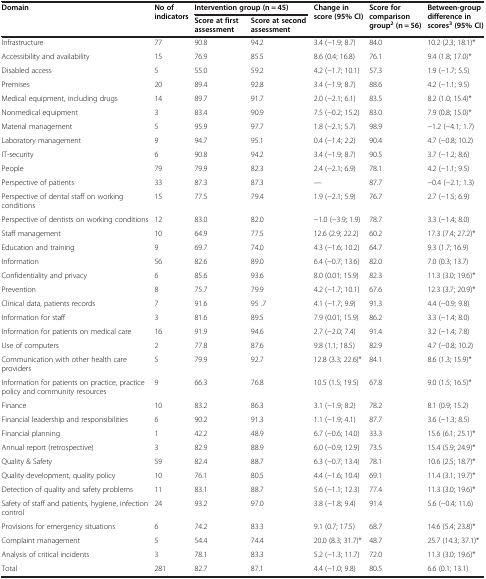
<table><thead><tr><td rowspan="2"><b>Domain</b></td><td rowspan="2"><b>No of indicators</b></td><td colspan="2"><b>Intervention group (n = 45)</b></td><td rowspan="2"><b>Change in score (95% CI)</b></td><td rowspan="2"><b>Score for comparison group<sup>2 </sup>(n = 56)</b></td><td rowspan="2"><b>Between-group difference in scores<sup>3 </sup>(95% CI)</b></td></tr><tr><td><b>Score at first assessment</b></td><td><b>Score at second assessment</b></td></tr></thead><tbody><tr><td>Infrastructure</td><td>77</td><td>90.8</td><td>94.2</td><td>3.4 (−1.9; 8.7)</td><td>84.0</td><td>10.2 (2.3; 18.1)*</td></tr><tr><td>Accessibility and availability</td><td>15</td><td>76.9</td><td>85.5</td><td>8.6 (0.4; 16.8)</td><td>76.1</td><td>9.4 (1.8; 17.0)*</td></tr><tr><td>Disabled access</td><td>5</td><td>55.0</td><td>59.2</td><td>4.2 (−1.7; 10.1)</td><td>57.3</td><td>1.9 (−1.7; 5.5)</td></tr><tr><td>Premises</td><td>20</td><td>89.4</td><td>92.8</td><td>3.4 (−1.9; 8.7)</td><td>88.6</td><td>4.2 (−1.1; 9.5)</td></tr><tr><td>Medical equipment, including drugs</td><td>14</td><td>89.7</td><td>91.7</td><td>2.0 (−2.1; 6.1)</td><td>83.5</td><td>8.2 (1.0; 15.4)*</td></tr><tr><td>Nonmedical equipment</td><td>3</td><td>83.4</td><td>90.9</td><td>7.5 (−0.2; 15.2)</td><td>83.0</td><td>7.9 (0.8; 15.0)*</td></tr><tr><td>Material management</td><td>5</td><td>95.9</td><td>97.7</td><td>1.8 (−2.1; 5.7)</td><td>98.9</td><td>−1.2 (−4.1; 1.7)</td></tr><tr><td>Laboratory management</td><td>9</td><td>94.7</td><td>95.1</td><td>0.4 (−1.4; 2.2)</td><td>90.4</td><td>4.7 (−0.8; 10.2)</td></tr><tr><td>IT-security</td><td>6</td><td>90.8</td><td>94.2</td><td>3.4 (−1.9; 8.7)</td><td>90.5</td><td>3.7 (−1.2; 8.6)</td></tr><tr><td>People</td><td>79</td><td>79.9</td><td>82.3</td><td>2.4 (−2.1; 6.9)</td><td>78.1</td><td>4.2 (−1.1; 9.5)</td></tr><tr><td>Perspective of patients</td><td>33</td><td>87.3</td><td>87.3</td><td>---</td><td>87.7</td><td>−0.4 (−2.1; 1.3)</td></tr><tr><td>Perspective of dental staff on working conditions</td><td>15</td><td>77.5</td><td>79.4</td><td>1.9 (−2.1; 5.9)</td><td>76.7</td><td>2.7 (−1.5; 6.9)</td></tr><tr><td>Perspective of dentists on working conditions</td><td>12</td><td>83.0</td><td>82.0</td><td>−1.0 (−3.9; 1.9)</td><td>78.7</td><td>3.3 (−1.4; 8.0)</td></tr><tr><td>Staff management</td><td>10</td><td>64.9</td><td>77.5</td><td>12.6 (2.9; 22.2)</td><td>60.2</td><td>17.3 (7.4; 27.2)*</td></tr><tr><td>Education and training</td><td>9</td><td>69.7</td><td>74.0</td><td>4.3 (−1.6; 10.2)</td><td>64.7</td><td>9.3 (1.7; 16.9)</td></tr><tr><td>Information</td><td>56</td><td>82.6</td><td>89.0</td><td>6.4 (−0.7; 13.6)</td><td>82.0</td><td>7.0 (0.3; 13.7)</td></tr><tr><td>Confidentiality and privacy</td><td>6</td><td>85.6</td><td>93.6</td><td>8.0 (0.01; 15.9)</td><td>82.3</td><td>11.3 (3.0; 19.6)*</td></tr><tr><td>Prevention</td><td>8</td><td>75.7</td><td>79.9</td><td>4.2 (−1.7; 10.1)</td><td>67.6</td><td>12.3 (3.7; 20.9)*</td></tr><tr><td>Clinical data, patients records</td><td>7</td><td>91.6</td><td>95 .7</td><td>4.1 (−1.7; 9.9)</td><td>91.3</td><td>4.4 (−0.9; 9.8)</td></tr><tr><td>Information for staff</td><td>3</td><td>81.6</td><td>89.5</td><td>7.9 (0.01; 15.9)</td><td>86.2</td><td>3.3 (−1.4; 8.0)</td></tr><tr><td>Information for patients on medical care</td><td>16</td><td>91.9</td><td>94.6</td><td>2.7 (−2.0; 7.4)</td><td>91.4</td><td>3.2 (−1.4; 7.8)</td></tr><tr><td>Use of computers</td><td>2</td><td>77.8</td><td>87.6</td><td>9.8 (1.1; 18.5)</td><td>82.9</td><td>4.7 (−0.8; 10.2)</td></tr><tr><td>Communication with other health care providers</td><td>5</td><td>79.9</td><td>92.7</td><td>12.8 (3.3; 22.6)*</td><td>84.1</td><td>8.6 (1.3; 15.9)*</td></tr><tr><td>Information for patients on practice, practice policy and community resources</td><td>9</td><td>66.3</td><td>76.8</td><td>10.5 (1.5; 19.5)</td><td>67.8</td><td>9.0 (1.5; 16.5)*</td></tr><tr><td>Finance</td><td>10</td><td>83.2</td><td>86.3</td><td>3.1 (−1.9; 8.2)</td><td>78.2</td><td>8.1 (0.9; 15.2)</td></tr><tr><td>Financial leadership and responsibilities</td><td>6</td><td>90.2</td><td>91.3</td><td>1.1 (−1.9; 4.1)</td><td>87.7</td><td>3.6 (−1.3; 8.5)</td></tr><tr><td>Financial planning</td><td>1</td><td>42.2</td><td>48.9</td><td>6.7 (−0.6; 14.0)</td><td>33.3</td><td>15.6 (6.1; 25.1)*</td></tr><tr><td>Annual report (retrospective)</td><td>3</td><td>82.9</td><td>88.9</td><td>6.0 (−0.9; 12.9)</td><td>73.5</td><td>15.4 (5.9; 24.9)*</td></tr><tr><td>Quality &amp; Safety</td><td>59</td><td>82.4</td><td>88.7</td><td>6.3 (−0.7; 13.4)</td><td>78.1</td><td>10.6 (2.5; 18.7)*</td></tr><tr><td>Quality development, quality policy</td><td>10</td><td>76.1</td><td>80.5</td><td>4.4 (−1.6; 10.4)</td><td>69.1</td><td>11.4 (3.1; 19.7)*</td></tr><tr><td>Detection of quality and safety problems</td><td>11</td><td>83.1</td><td>88.7</td><td>5.6 (−1.1; 12.3)</td><td>77.4</td><td>11.3 (3.0; 19.6)*</td></tr><tr><td>Safety of staff and patients, hygiene, infection control</td><td>24</td><td>93.2</td><td>97.0</td><td>3.8 (−1.8; 9.4)</td><td>91.4</td><td>5.6 (−0.4; 11.6)</td></tr><tr><td>Provisions for emergency situations</td><td>6</td><td>74.2</td><td>83.3</td><td>9.1 (0.7; 17.5)</td><td>68.7</td><td>14.6 (5.4; 23.8)*</td></tr><tr><td>Complaint management</td><td>5</td><td>54.4</td><td>74.4</td><td>20.0 (8.3; 31.7)*</td><td>48.7</td><td>25.7 (14.3; 37.1)*</td></tr><tr><td>Analysis of critical incidents</td><td>3</td><td>78.1</td><td>83.3</td><td>5.2 (−1.3; 11.7)</td><td>72.0</td><td>11.3 (3.0; 19.6)*</td></tr><tr><td>Total</td><td>281</td><td>82.7</td><td>87.1</td><td>4.4 (−1.0; 9.8)</td><td>80.5</td><td>6.6 (0.1; 13.1)</td></tr></tbody></table>